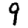
Digit: 9